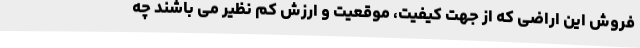
فروش این اراضی که از جهت کیفیت، موقعیت و ارزش کم نظیر می باشند چه